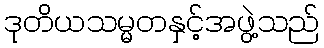
ဒုတိယသမ္မတနှင့်အဖွဲ့သည်